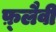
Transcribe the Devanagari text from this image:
फ़्लैवी